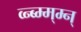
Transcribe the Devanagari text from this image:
व्न्ब्म्म्म्न्